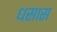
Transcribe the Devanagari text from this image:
धसास